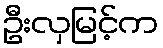
ဦးလှမြင့်က